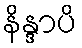
နိန္ဒာပိ